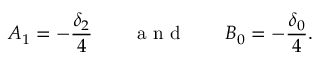
A _ { 1 } = - \frac { \delta _ { 2 } } { 4 } \qquad \mathrm { ~ a ~ n ~ d ~ } \qquad B _ { 0 } = - \frac { \delta _ { 0 } } { 4 } .